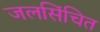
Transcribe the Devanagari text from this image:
जलसिंचित